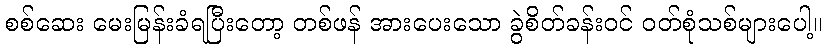
စစ်ဆေး မေးမြန်းခံရပြီးတော့ တစ်ဖန် အားပေးသော ခွဲစိတ်ခန်းဝင် ဝတ်စုံသစ်များပေါ့။